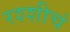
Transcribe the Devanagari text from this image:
रश्शीचं